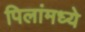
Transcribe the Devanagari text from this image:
पिलांमध्ये